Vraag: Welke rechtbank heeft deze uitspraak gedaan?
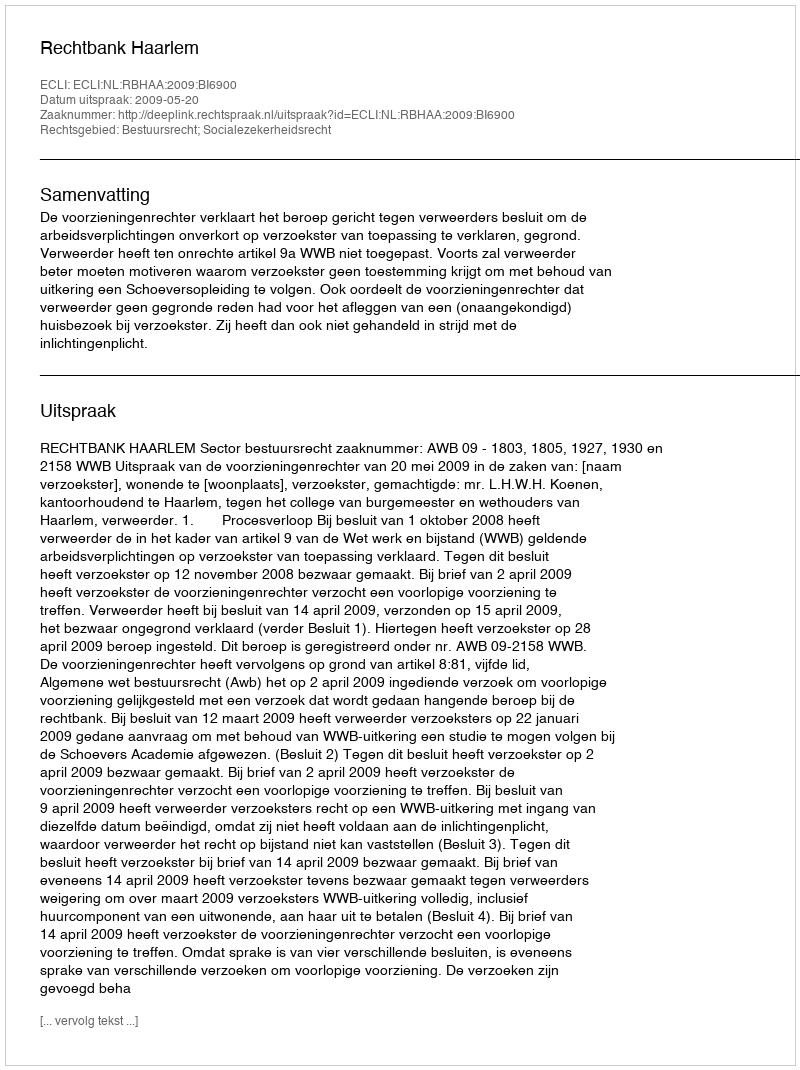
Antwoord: Rechtbank Haarlem